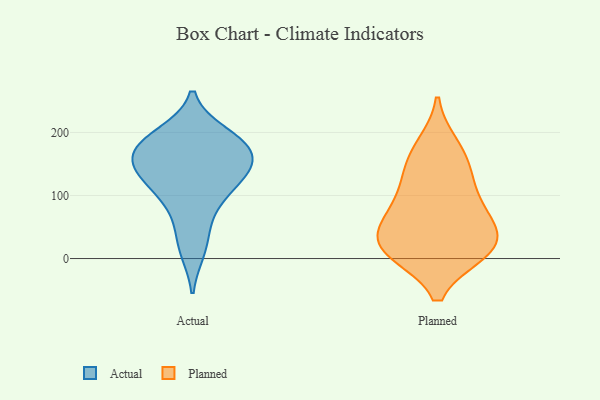
{"axis": {"x": "Active Users", "y": "Value"}, "legend": ["Actual", "Planned"], "data": [{"x": "", "y": 141, "type": "Actual"}, {"x": "", "y": 165, "type": "Actual"}, {"x": "", "y": 154, "type": "Actual"}, {"x": "", "y": 160, "type": "Actual"}, {"x": "", "y": 184, "type": "Actual"}, {"x": "", "y": 103, "type": "Actual"}, {"x": "", "y": 54, "type": "Actual"}, {"x": "", "y": 191, "type": "Actual"}, {"x": "", "y": 12, "type": "Actual"}, {"x": "", "y": 198, "type": "Actual"}, {"x": "", "y": 132, "type": "Actual"}, {"x": "", "y": 106, "type": "Actual"}, {"x": "", "y": 66, "type": "Planned"}, {"x": "", "y": 77, "type": "Planned"}, {"x": "", "y": 160, "type": "Planned"}, {"x": "", "y": 178, "type": "Planned"}, {"x": "", "y": 11, "type": "Planned"}, {"x": "", "y": 57, "type": "Planned"}, {"x": "", "y": 14, "type": "Planned"}, {"x": "", "y": 19, "type": "Planned"}, {"x": "", "y": 12, "type": "Planned"}, {"x": "", "y": 131, "type": "Planned"}, {"x": "", "y": 111, "type": "Planned"}, {"x": "", "y": 28, "type": "Planned"}]}